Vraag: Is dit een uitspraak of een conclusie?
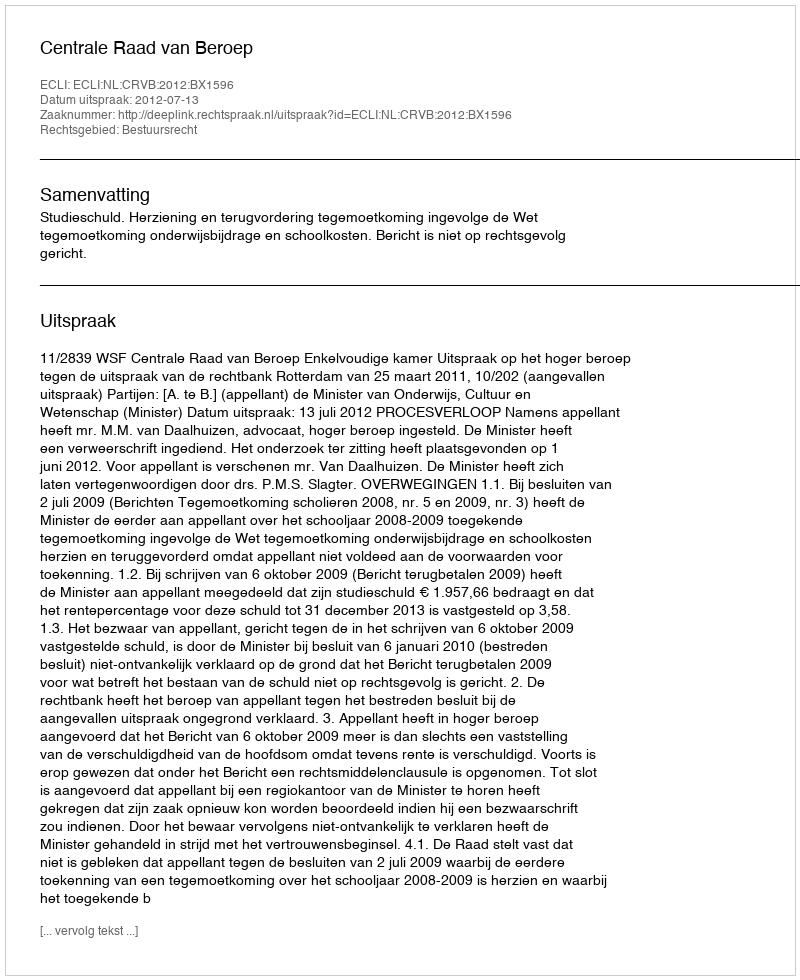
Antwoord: Uitspraak